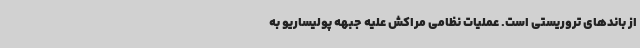
از باندهای تروریستی است. عملیات نظامی مراکش علیه جبهه پولیساریو به